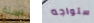
لسنة ستواجه